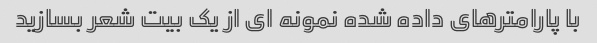
با پارامترهای داده شده نمونه ای از یک بیت شعر بسازید